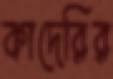
কাদেরির